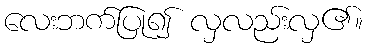
လေးဘက်ပြု၍ လှလည်းလှ၏။